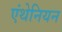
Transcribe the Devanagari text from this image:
एंथेनियन